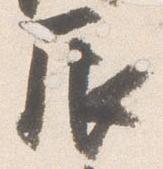
辰